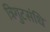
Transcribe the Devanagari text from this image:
त्रिगुटसंधि